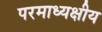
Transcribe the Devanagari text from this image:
परमाध्यक्षीय